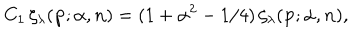
C _ { 1 } \, \zeta _ { \lambda } ( { \bf p } ; { \alpha } , { \bf n } ) = ( 1 + \alpha ^ { 2 } - 1 / 4 ) \, \zeta _ { \lambda } ( { \bf p } ; { \alpha } , { \bf n } ) ,